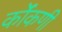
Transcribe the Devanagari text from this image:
कोंंकणी